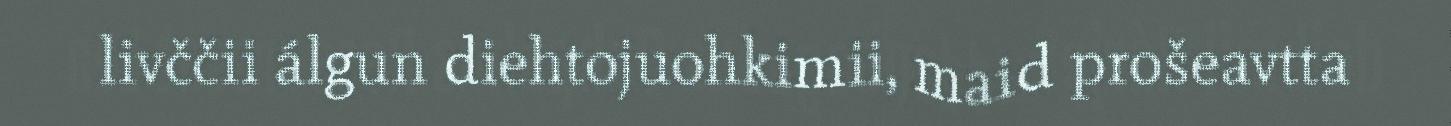
livččii álgun diehtojuohkimii, maid prošeavtta